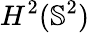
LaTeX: H^{2}(\mathbb{S}^{2})